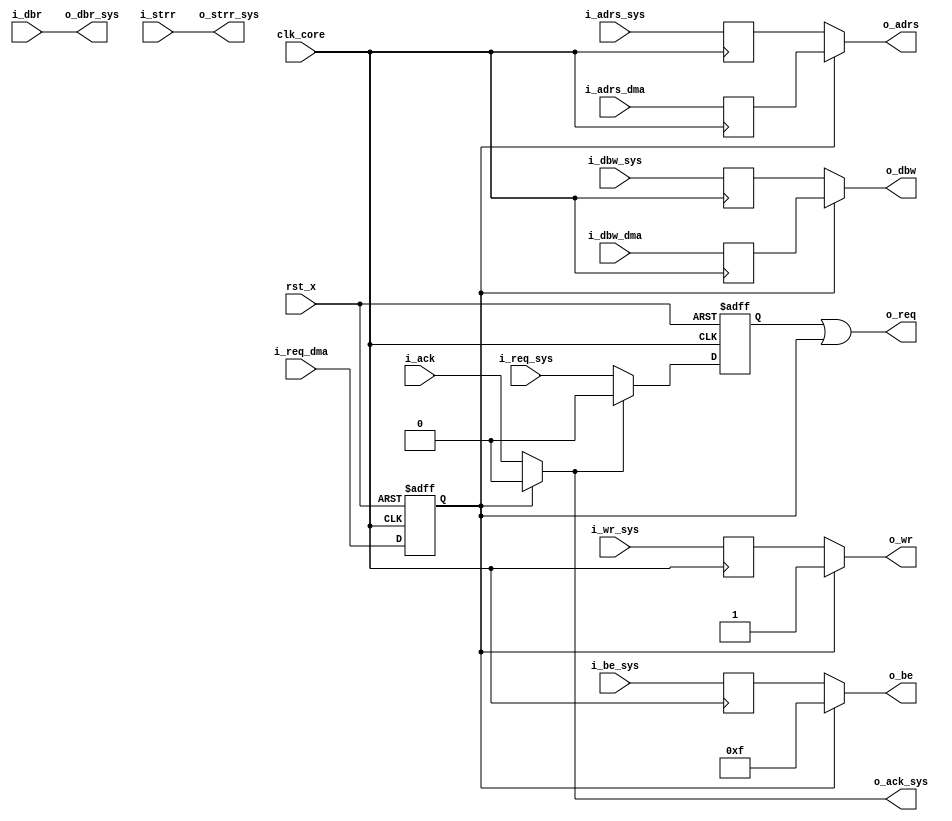
module fm_3d_cu_bselect (
    clk_core,
    rst_x,
    // system bus
    i_req_sys,
    i_wr_sys,
    i_adrs_sys,
    o_ack_sys,
    i_be_sys,
    i_dbw_sys,
    o_strr_sys,
    o_dbr_sys,
    // DMA bus
    i_req_dma,
    i_adrs_dma,
    i_dbw_dma,
    // internal bus side
    o_req,
    o_wr,
    o_adrs,
    i_ack,
    o_be,
    o_dbw,
    i_strr,
    i_dbr
);

////////////////////////////
// I/O definition
////////////////////////////
    input         clk_core;
    input         rst_x;
    // system bus
    input         i_req_sys;
    input         i_wr_sys;
    input  [21:0] i_adrs_sys;
    output        o_ack_sys;
    input  [3:0]  i_be_sys;
    input  [31:0] i_dbw_sys;
    output        o_strr_sys;
    output [31:0] o_dbr_sys;
    // DMA bus
    input         i_req_dma;
    input  [21:0] i_adrs_dma;
    input  [31:0] i_dbw_dma;
    // internal bus side
    output        o_req;
    output        o_wr;
    output [21:0] o_adrs;
    input         i_ack;
    output [3:0]  o_be;
    output [31:0] o_dbw;
    input         i_strr;
    input  [31:0] i_dbr;
/////////////////////////
//  register definition
/////////////////////////
    reg           r_req_sys;
    reg           r_wr_sys;
    reg    [21:0] r_adrs_sys;
    reg    [3:0]  r_be_sys;
    reg    [31:0] r_dbw_sys;
    // DMA bus
    reg           r_req_dma;
    reg    [21:0] r_adrs_dma;
    reg    [31:0] r_dbw_dma;
/////////////////////////
//  wire definition
/////////////////////////
    wire          w_ack;
/////////////////////////
//  assign statement
/////////////////////////
    assign o_req = r_req_sys | r_req_dma;
    assign o_wr = (r_req_dma) ? 1'b1 : r_wr_sys;
    assign o_adrs = (r_req_dma) ? r_adrs_dma : r_adrs_sys;
    assign o_be = (r_req_dma) ? 4'hf : r_be_sys;
    assign o_dbw = (r_req_dma) ? r_dbw_dma : r_dbw_sys;
    assign o_strr_sys = i_strr;
    assign o_dbr_sys = i_dbr;

    assign w_ack = (r_req_dma) ? 1'b0 : i_ack;
    assign o_ack_sys = w_ack;
/////////////////////////
//  always statement
/////////////////////////
    always @(posedge clk_core or negedge rst_x) begin
        if (~rst_x) begin
            r_req_sys <= 1'b0;
            r_req_dma <= 1'b0;
        end else begin
            if (w_ack) r_req_sys <= 1'b0;
            else r_req_sys <= i_req_sys; 

            r_req_dma <= i_req_dma;
        end
    end

    always @(posedge clk_core) begin
        r_wr_sys <= i_wr_sys;
        r_adrs_sys <= i_adrs_sys;
        r_be_sys <= i_be_sys;
        r_dbw_sys <= i_dbw_sys;
        r_adrs_dma <= i_adrs_dma;
        r_dbw_dma <= i_dbw_dma;
    end


endmodule